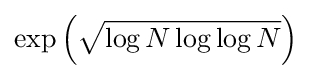
\exp \left({\sqrt {\log N\log \log N}}\right)